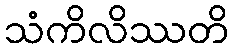
သံကိလိဿတိ